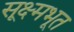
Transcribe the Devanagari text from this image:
सूक्ष्मभूत